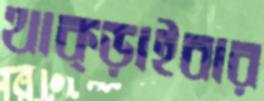
থাক্‌ড়াইবার